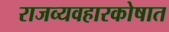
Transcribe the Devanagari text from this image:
राजव्यवहारकोषात